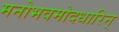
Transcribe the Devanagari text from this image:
मनोभवमोदधारिन्